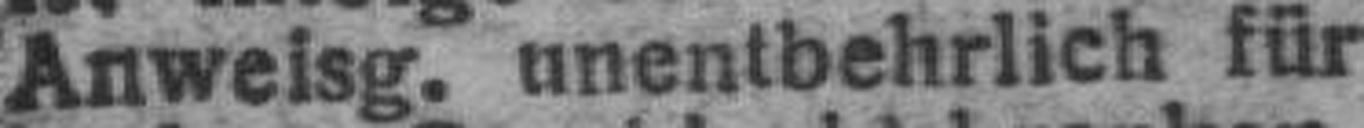
Anweisg. unentbehrlich für